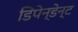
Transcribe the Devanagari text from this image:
डिपेन्डेन्ट